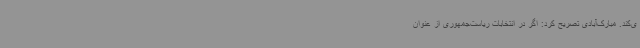
ی‌کند. مبارک‌آبادی تصریح کرد: اگر در انتخابات ریاست‌جمهوری از عنوان